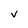
Character: V